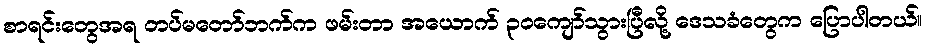
စာရင်းတွေအရ တပ်မတော်ဘက်က ဖမ်းတာ အယောက် ၃ဝကျော်သွားပြီလို့ ဒေသခံတွေက ပြောပါတယ်။